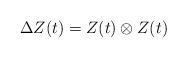
LaTeX: \begin{align*}\Delta Z(t) = Z(t) \otimes Z(t) \end{align*}